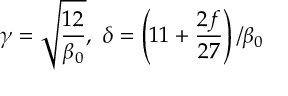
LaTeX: \gamma = \sqrt { \frac { 1 2 } { \beta _ { 0 } } } , \mathrm { ~ } \delta = \left( 1 1 + \frac { 2 f } { 2 7 } \right) / \beta _ { 0 }